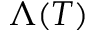
\Lambda ( T )